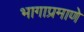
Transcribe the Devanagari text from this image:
भागाप्रमाणे